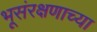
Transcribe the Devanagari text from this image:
भूसंरक्षणाच्या